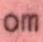
om